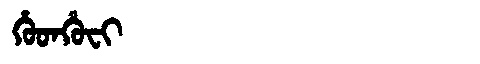
Manchu: ᡥᡠᡨᡥᡠᠸᡳ
Romanization: HUTHUFI